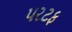
પરટફ